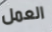
العمل